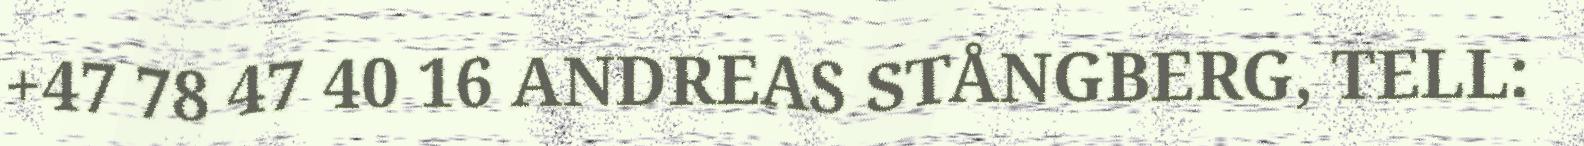
+47 78 47 40 16 ANDREAS STÅNGBERG, TELL: